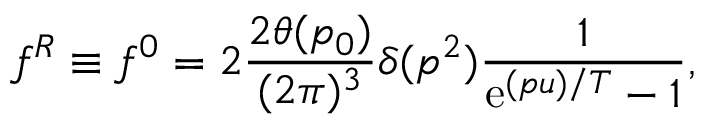
f ^ { R } \equiv f ^ { 0 } = 2 \frac { 2 \theta ( p _ { 0 } ) } { ( 2 \pi ) ^ { 3 } } \delta ( p ^ { 2 } ) \frac { 1 } { \mathrm { e } ^ { ( p u ) / T } - 1 } ,